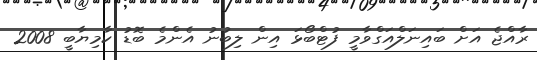
ރާއްޖެ އަށް ބައިނަލްއަގްވާމީ ފުޓްބޯޅަ އިން ލިބުނު އެންމެ ބޮޑު ކާމިޔާބީ 2008